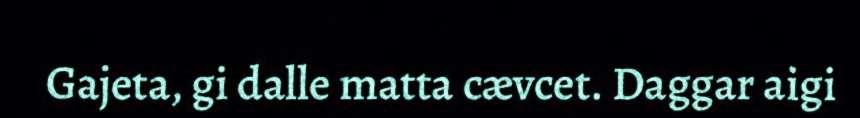
Gajeta, gi dalle matta cævcet. Daggar aigi